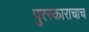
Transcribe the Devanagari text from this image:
पुरस्काराचाच